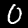
Digit: 0